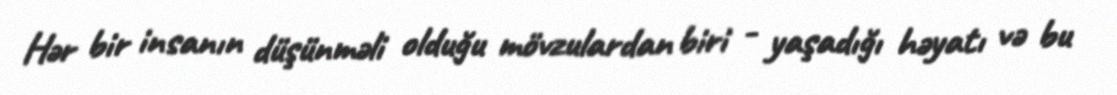
Hər bir insanın düşünməli olduğu mövzulardan biri - yaşadığı həyatı və bu